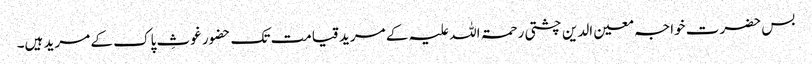
بس حضرت خواجہ معین الدین چشتی رحمۃ اللہ علیہ کے مرید قیامت تک حضور غوثِ پاک کے مرید ہیں۔